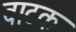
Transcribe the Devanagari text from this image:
वाटक